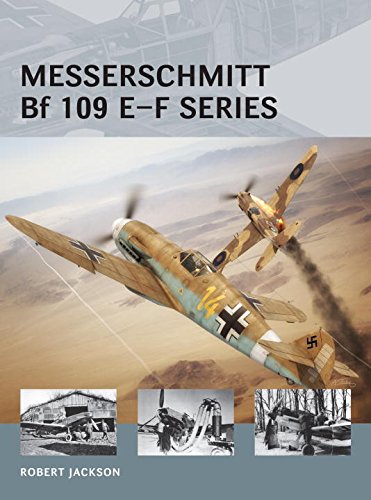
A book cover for Messerschmitt Bf 109 E-F series (Air Vanguard); Robert Jackson; History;